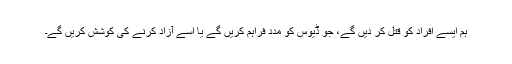
ہم ایسے افراد کو قتل کر دیں گے، جو ڈیوس کو مدد فراہم کریں گے یا اسے آزاد کرنے کی کوشش کریں گے۔